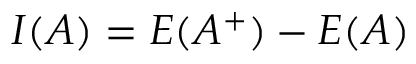
I ( A ) = E ( A ^ { + } ) - E ( A )